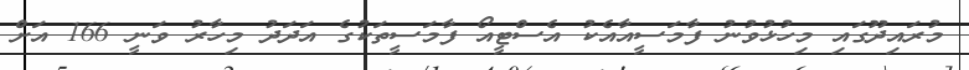
މުރައިދޫގައި މިހުޅުވުނު ފާމަސީއާއެކު އެސްޓީއޯ ފާމަސީތަކުގެ އަދަދު މިހާރު ވަނީ 166 އަށް